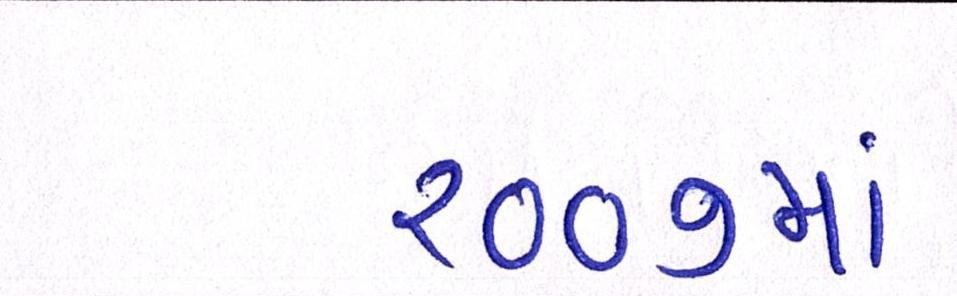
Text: ૨૦૦૭માં